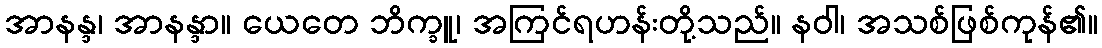
အာနန္ဒ၊ အာနန္ဒာ။ ယေတေ ဘိက္ခူ၊ အကြင်ရဟန်းတို့သည်။ နဝါ၊ အသစ်ဖြစ်ကုန်၏။